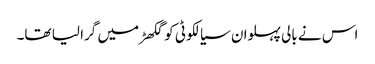
اس نے بالی پہلوان سیالکوٹی کو گکھڑ میں گرا لیا تھا۔